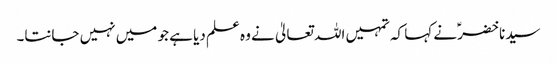
سیدنا خضرؑ نے کہا کہ تمہیں اللہ تعالیٰ نے وہ علم دیا ہے جو میں نہیں جانتا۔